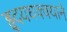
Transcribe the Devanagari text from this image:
हृदयधक्क्याने